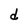
Character: d